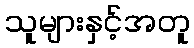
သူများနှင့်အတူ